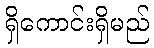
ရှိကောင်းရှိမည်